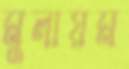
মুলায়ম